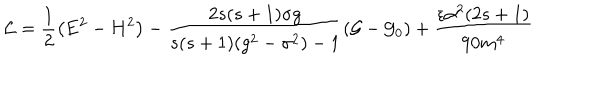
\mathcal { L } = \frac 1 2 \left( \mathbf { E } ^ { 2 } - \mathbf { H } ^ { 2 } \right) - \frac { 2 s ( s + 1 ) \sigma g } { s ( s + 1 ) ( g ^ { 2 } - \sigma ^ { 2 } ) - 1 } \left( \mathcal { G } - \mathcal { G } _ { 0 } \right) + \frac { \epsilon \alpha ^ { 2 } ( 2 s + 1 ) } { 9 0 m ^ { 4 } }